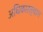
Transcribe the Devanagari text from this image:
अधिकारत्याग